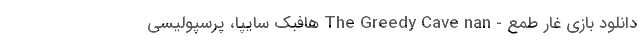
دانلود بازی غارِ طمع - The Greedy Cave nan هافبک سایپا، پرسپولیسی